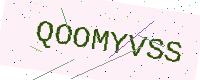
Text: QOOMYVSS